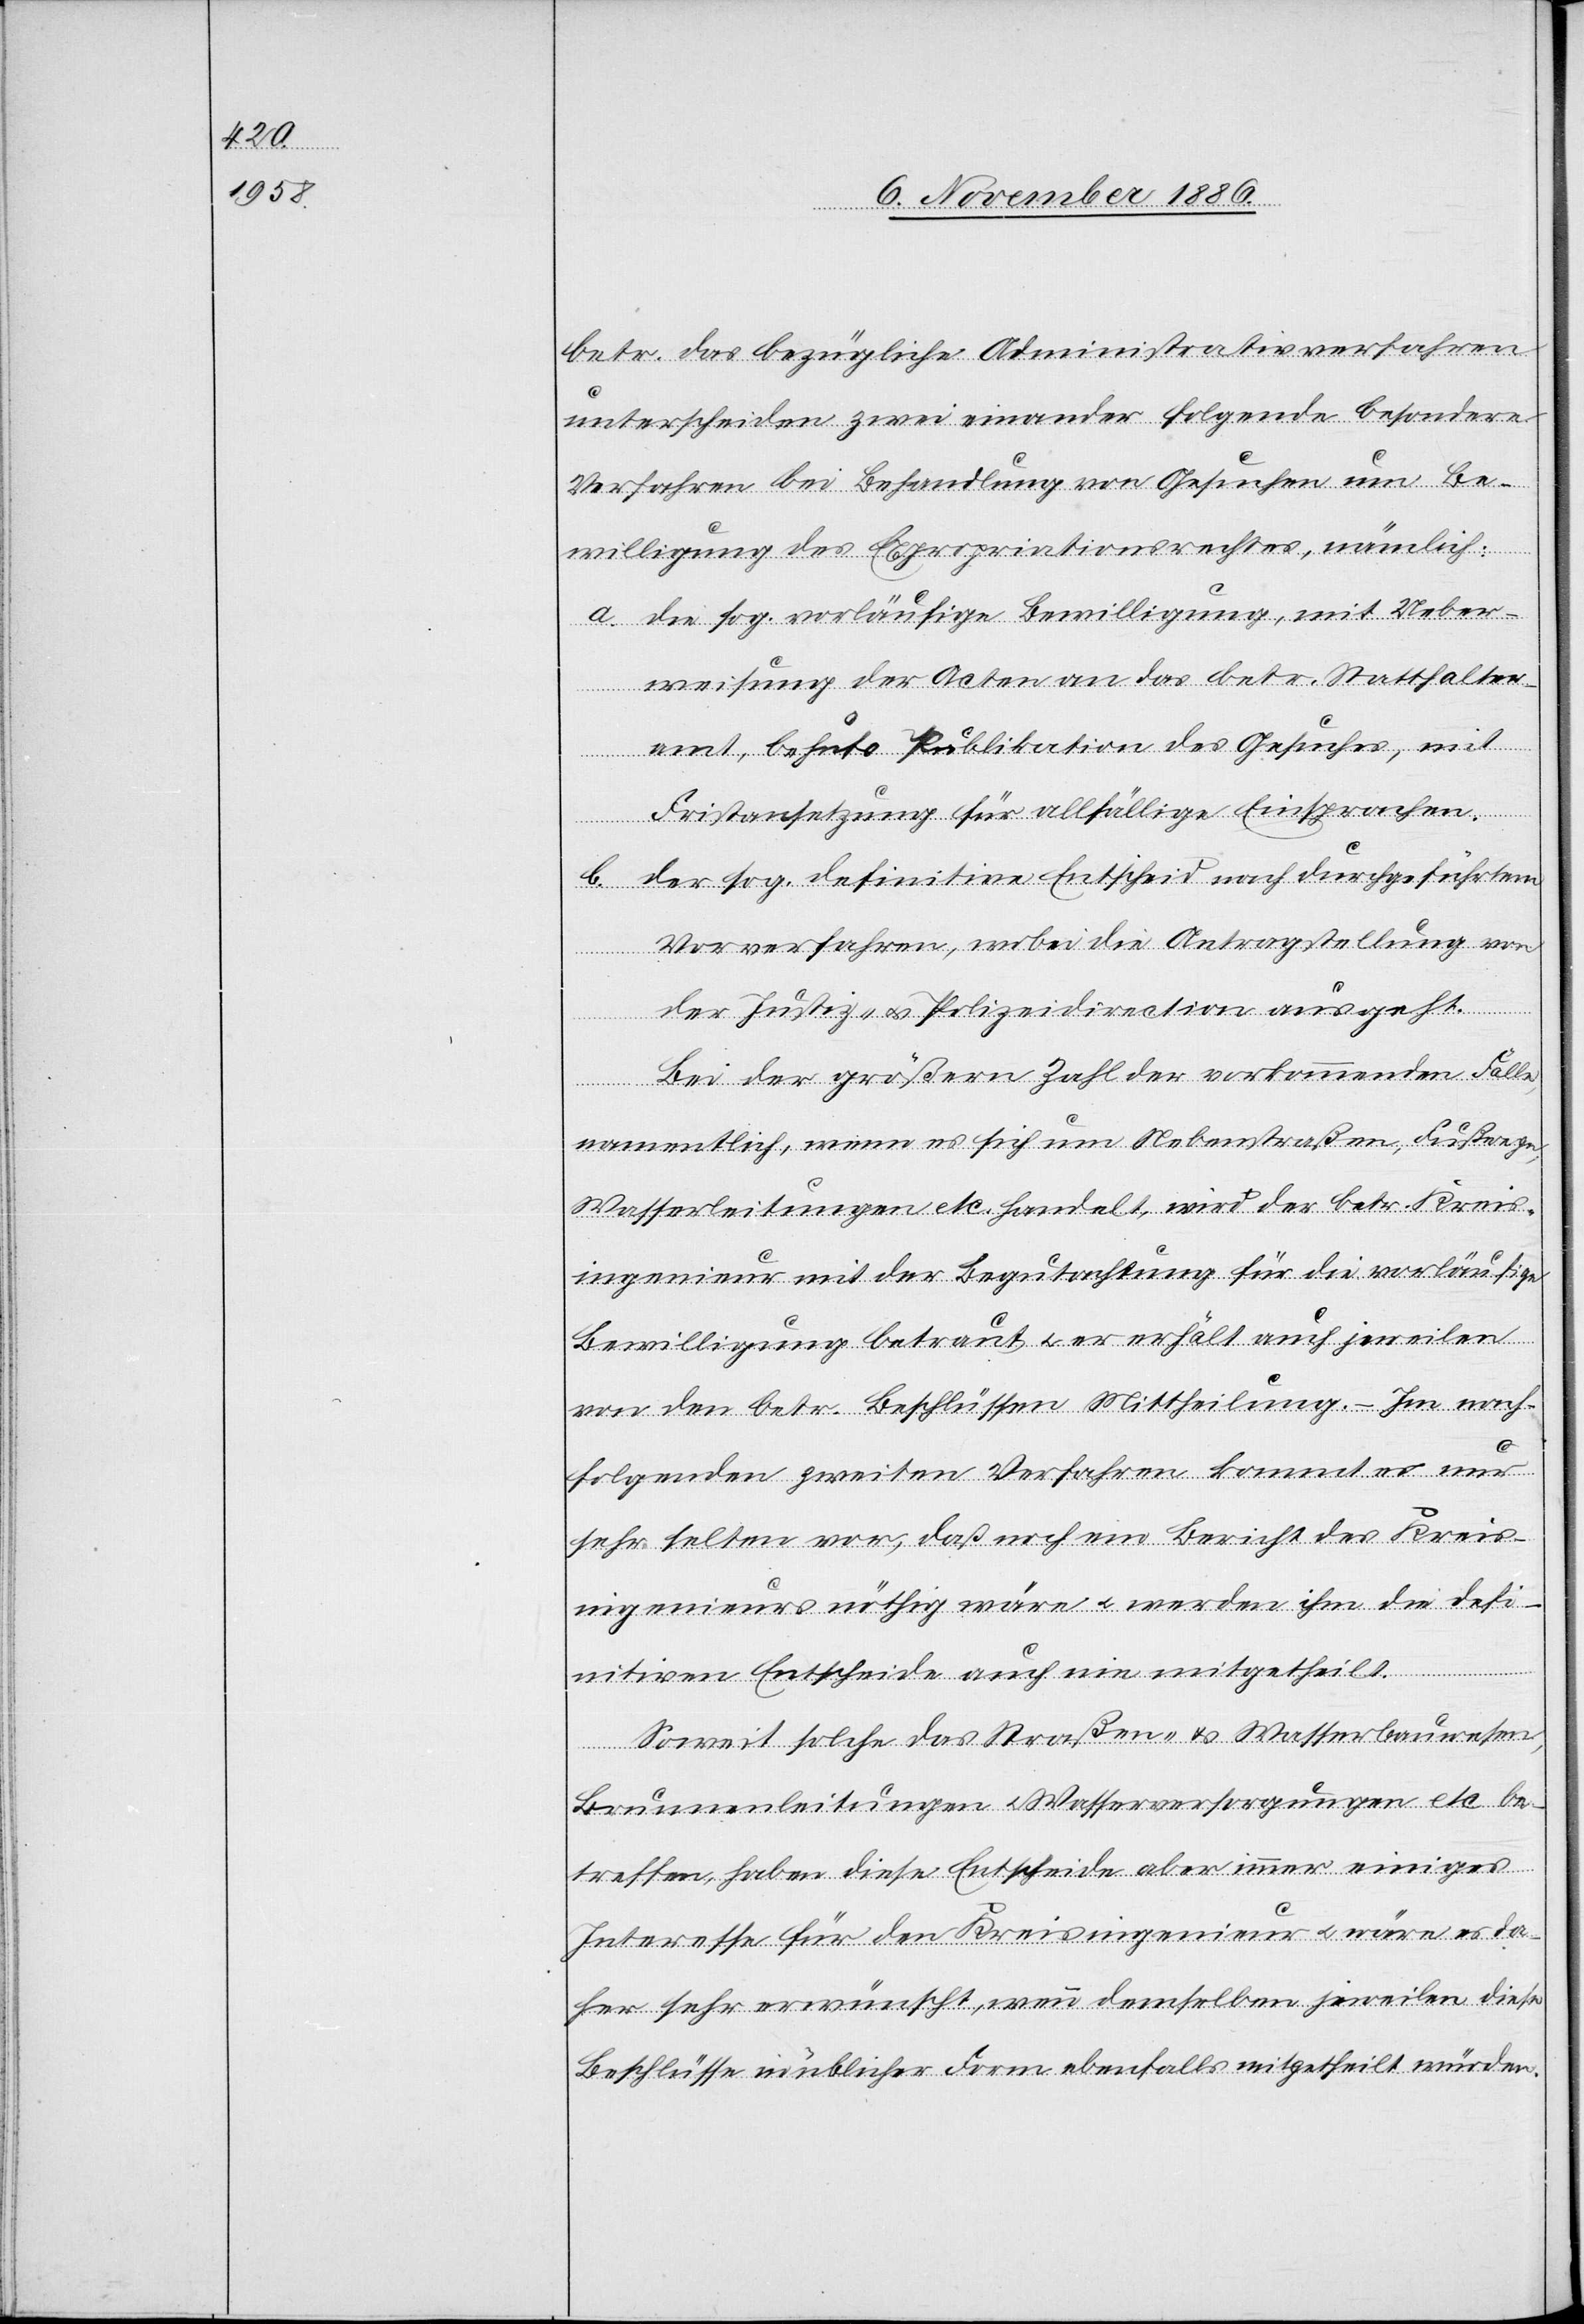
betr. das bezügliche Administrativverfahren
unterscheiden zwei einander folgende besondere
Verfahren bei Behandlung von Gesuchen um Be¬
willigung des Expropriationsrechtes, nämlich:
a. die sog. vorläufige Bewilligung, mit Ueber¬
weisung der Acten an das betr. Statthalter¬
amt, behufs Publikation des Gesuches, mit
Fristansetzung für allfällige Einsprachen.
b. der sog. definitive Entscheid nach durchgeführtem
Vorverfahren, wobei die Antragstellung von
der Justiz- & Polizeidirection ausgeht.
Bei der größern Zahl der vorkommenden Fälle,
namentlich, wenn es sich um Nebenstraßen, Fußwege,
Wasserleitungen etc. handelt, wird der betr. Kreis¬
ingenieur mit der Begutachtung für die vorläufige
Bewilligung betraut & er erhält auch jeweilen
von den betr. Beschlüssen Mittheilung. – Im nach¬
folgenden zweiten Verfahren kommt es nur
sehr selten vor, daß noch ein Bericht des Kreis¬
ingenieurs nöthig wäre & werden ihm die defi¬
nitiven Entscheide auch nie mitgetheilt.
Soweit solche das Straßen- & Wasserbauwesen,
Brunnenleitungen & Wasserversorgungen etc. be¬
treffen, haben diese Entscheide aber immer einiges
Interesse für den Kreisingenieur & wäre es da¬
her sehr erwünscht, wenn demselben jeweilen diese
Beschlüsse in üblicher Form ebenfalls mitgetheilt würden.